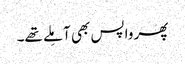
پھر واپس بھی آ مِلے تھے۔